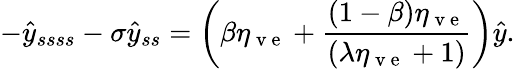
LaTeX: -\hat{y}_{ssss}-\sigma\hat{y}_{ss}=\left(\beta\eta_{\mathrm{~v~e~}}+\frac{(1-\beta)\eta_{\mathrm{~v~e~}}}{(\lambda\eta_{\mathrm{~v~e~}}+1)}\right)\hat{y}.